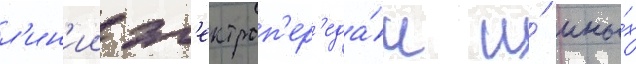
л'ин'ии эл'ектроп'ер'еда́ч и́ ины́х